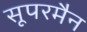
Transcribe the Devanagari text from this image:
सूपरमैन